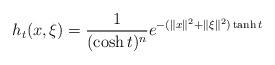
LaTeX: \begin{align*}h_t(x,\xi)=\frac{1}{(\cosh t)^n}e^{-(\|x\|^2 +\|\xi\|^2)\tanh t} \end{align*}